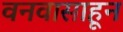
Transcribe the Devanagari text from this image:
वनवासाहून